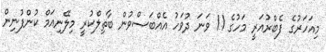
މިއަހަރުގެ ފެބްރުއަރީ މަހުގެ 11 ވަނަ ދުވަހު އެއްބަސްވުން ބާތިލްކުރީ މިލޭނިއަމް ކުންފުނިން